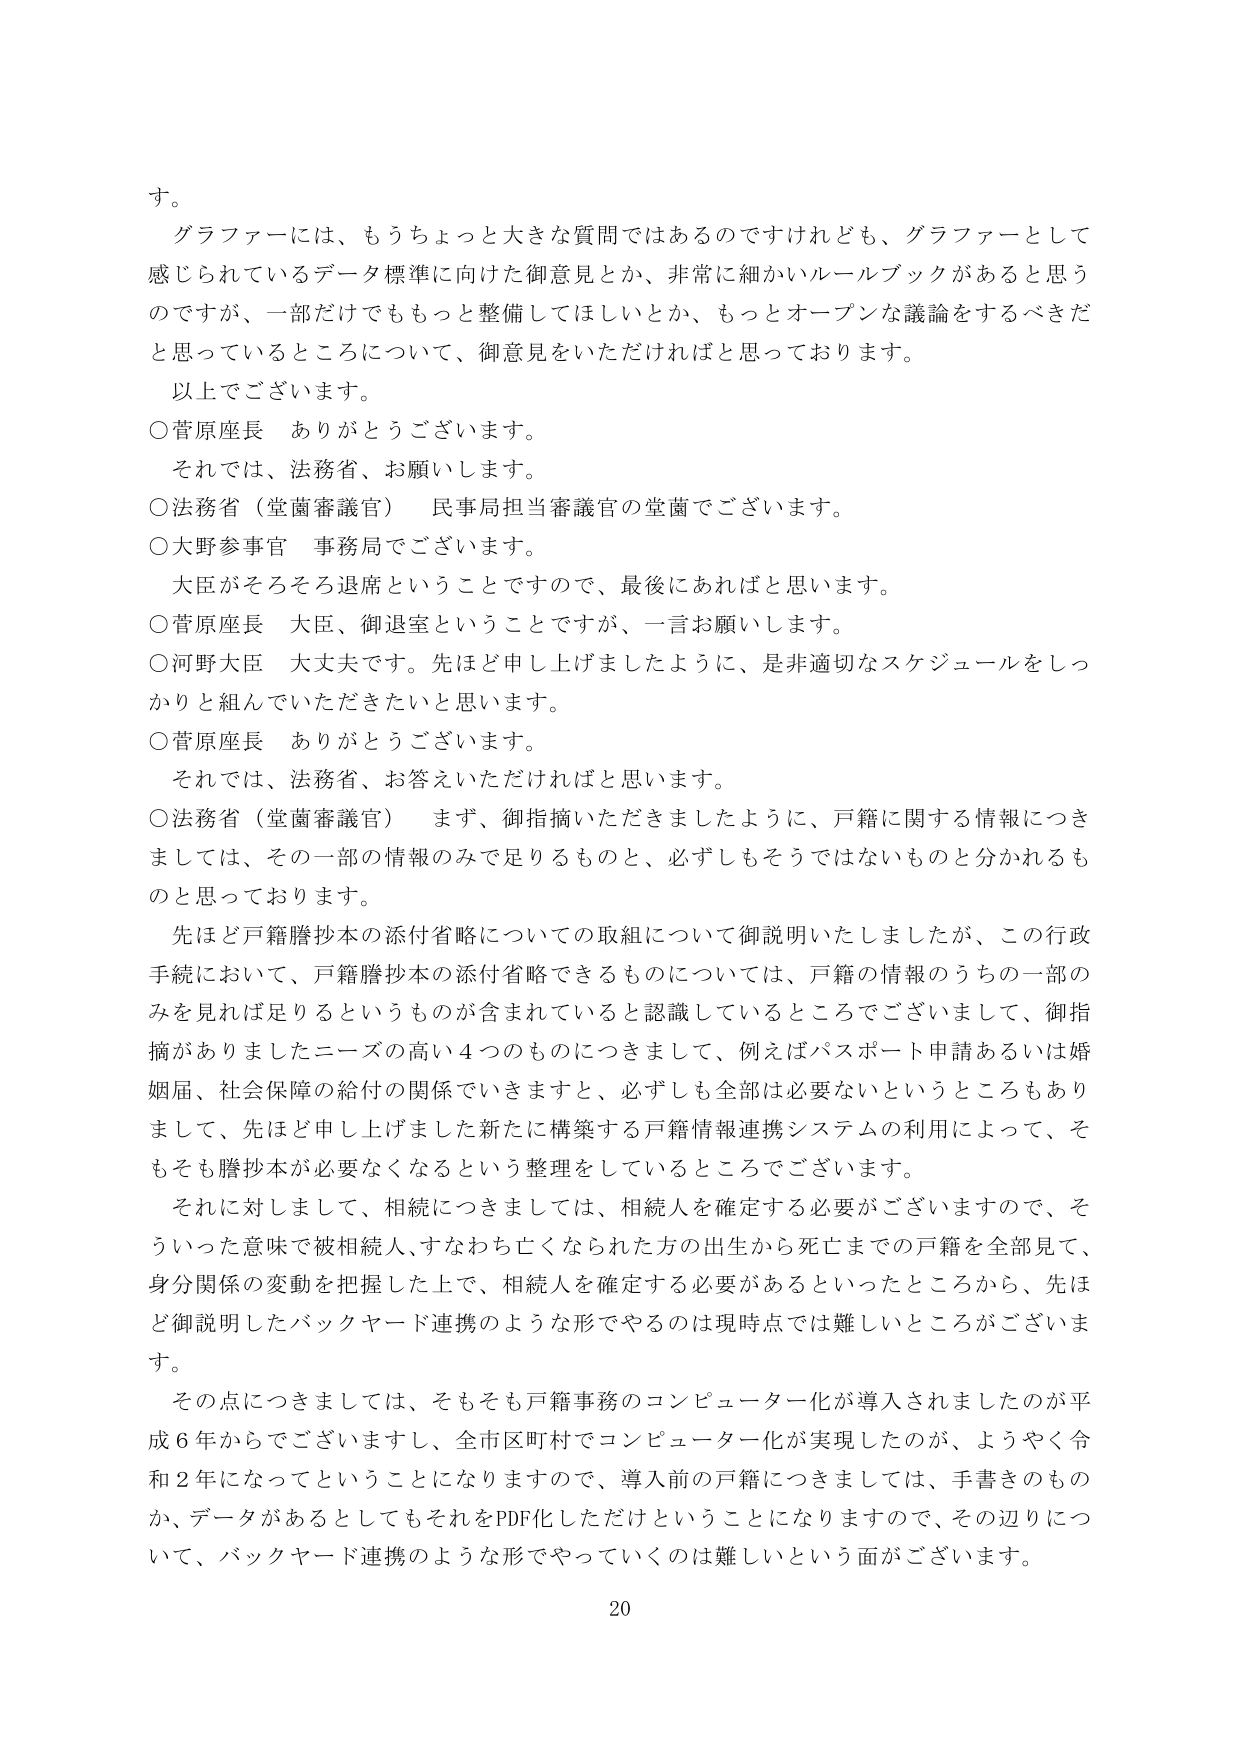
す。

グラファーには、もうちょっと大きな質問ではあるのですけれども、グラファーとして感じられているデータ標準に向けた御意見とか、非常に細かいルールブックがあると思うのですが、一部だけでももっと整備してほしいとか、もっとオープンな議論をするべきだと思っているところについて、御意見をいただければと思っております。

以上でございます。

○菅原座長　ありがとうございます。
　それでは、法務省、お願いします。

○法務省（堂薗審議官）　民事局担当審議官の堂薗でございます。

○大野参事官　事務局でございます。
　大臣がそろそろ退席ということですので、最後にあればと思います。

○菅原座長　大臣、御退室ということですが、一言お願いします。

○河野大臣　大丈夫です。先ほど申し上げましたように、是非適切なスケジュールをしっかり組んでいただきたいと思います。

○菅原座長　ありがとうございます。
　それでは、法務省、お答えいただければと思います。

○法務省（堂薗審議官）　まず、御指摘いただきましたように、戸籍に関する情報につきましては、その一部の情報のみで足りるものと、必ずしもそうではないものと分かれるものと思っております。

　先ほど戸籍謄抄本の添付省略についての取組について御説明いたしましたが、この行政手続において、戸籍謄抄本の添付省略できるものについては、戸籍の情報のうちの一部のみを見れば足りるというものが含まれていると認識しているところでございまして、御指摘がありましたニーズの高い４つのものにつきまして、例えばパスポート申請あるいは婚姻届、社会保障の給付の関係でいきますと、必ずしも全部は必要ないというところもありまして、先ほど申し上げました新たに構築する戸籍情報連携システムの利用によって、そもそも謄抄本が必要なくなるという整理をしているところでございます。

　それに対しまして、相続につきましては、相続人を確定する必要がございますので、そういった意味で被相続人、すなわち亡くなられた方の出生から死亡までの戸籍を全部見て、身分関係の変動を把握した上で、相続人を確定する必要があるといったところから、先ほど御説明したバックヤード連携のような形でやるのは現時点では難しいところがございます。

　その点につきましては、そもそも戸籍事務のコンピューター化が導入されましたのが平成６年からでございますし、全市区町村でコンピューター化が実現したのが、ようやく令和２年になってということになりますので、導入前の戸籍につきましては、手書きのものか、データがあるとしてもそれをPDF化しただけということになりますので、その辺りについて、バックヤード連携のような形でやっていくのは難しいという面がございます。

20